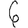
Digit: 6